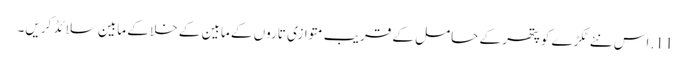
11. اس نئے ٹکڑے کو پتھر کے حامل کے قریب متوازی تاروں کے مابین کے خلا کے مابین سلائڈ کریں۔